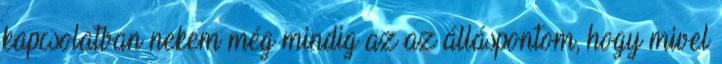
kapcsolatban nekem még mindig az az álláspontom, hogy mivel